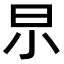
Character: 𣌢